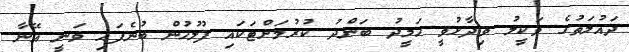
ދައުލަތުގެ ވަކީލު ވިދާޅުވީ ހަމީދު ބަންދު ކުރުމަށްޓަކައި ފުލުހުން ބުނެފައި ވަނީ އޭނާ